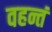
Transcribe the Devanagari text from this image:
वहन्तं